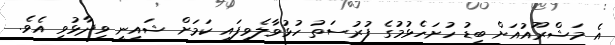
އެ މަޝްރޫއުއަށް ބިޑު ހުށަހެޅުމުގެ ފުރުސަތު ހުޅުވާލެވިފައި ކަމަށް ޝައިނީ ވިދާޅުވި އެވެ.